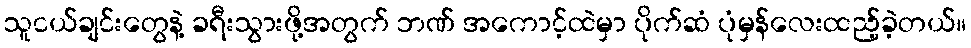
သူငယ်ချင်းတွေနဲ့ ခရီးသွားဖို့အတွက် ဘဏ် အကောင့်ထဲမှာ ပိုက်ဆံ ပုံမှန်လေးထည့်ခဲ့တယ်။